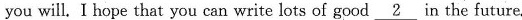
you will. I hope that you can write lots of good \underline{2} in the future.